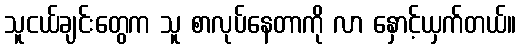
သူငယ်ချင်းတွေက သူ စာလုပ်နေတာကို လာ နှောင့်ယှက်တယ်။